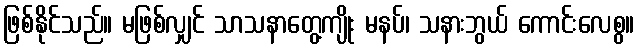
ဖြစ်နိုင်သည်။ မဖြစ်လျှင် သာသနာတွေ့ကျိုး မနပ်၊ သနားဘွယ် ကောင်းလေစွ။